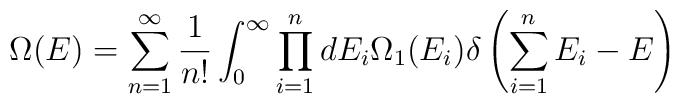
\Omega(E)=\sum_{n=1}^{\infty}\frac{1}{n!}\int_0^{\infty}\prod_{i=1}^{n}dE_i\Omega_1(E_i)\delta\left(\sum_{i=1}^{n}E_i-E\right)